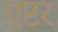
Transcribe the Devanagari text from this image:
एप्टर